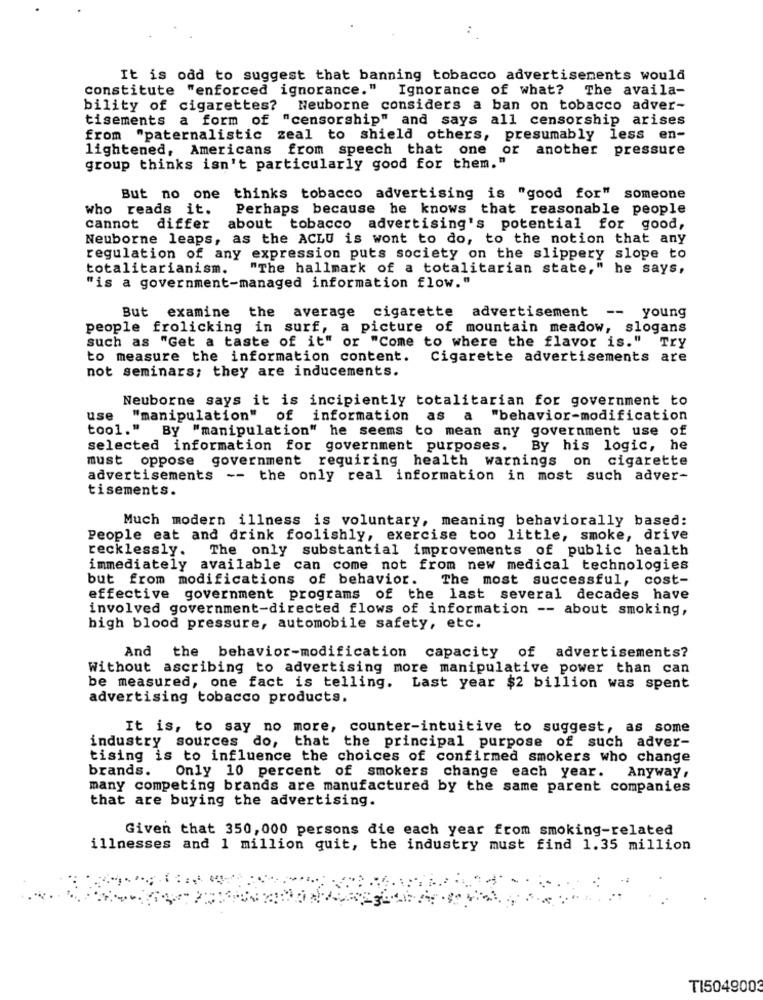
It is odd to suggest that banning tobacco advertisements would
constitute "enforced ignorance." Ignorance of what? The availa-
bility of cigarettes? Neuborne considers a ban on tobacco adver-
tisements a form of "censorship" and says all censorship arises
from "paternalistic zeal to shield others, presumably less en-
lightened, Americans from speech that one or another pressure
group thinks isn't particularly good for them."
But no one thinks tobacco advertising is "good for" someone
who reads it.
Perhaps because he knows that reasonable people
cannot differ
about tobacco advertising's potential for good,
Neuborne leaps, as the ACLU is wont to do, to the notion that any
regulation of any expression puts society on the slippery slope to
totalitarianism.
"The hallmark of a totalitarian state," he says,
"is a government-managed information flow."
But examine the average cigarette advertisement -- young
people frolicking in surf, a picture of mountain meadow, slogans
such as "Get a taste of it" or "Come to where the flavor is." Try
to measure the information content.
Cigarette advertisements are
not seminars; they are inducements.
Neuborne says it is incipiently totalitarian for government to
use "manipulation" of information as a "behavior-modification
tool."
By "manipulation" he seems to mean any government use of
selected information for government purposes. By his logic, he
must oppose government requiring health warnings on cigarette
advertisements -- the only real information in most such adver-
tisements.
Much modern illness is voluntary, meaning behaviorally based:
People eat and drink foolishly, exercise too little, smoke, drive
recklessly.
The only substantial improvements of public health
immediately available can come not from new medical technologies
but from modifications of behavior.
The most successful, cost-
effective government programs of the last several decades have
involved government-directed flows of information -- about smoking,
high blood pressure, automobile safety, etc.
And the behavior-modification capacity of advertisements?
Without ascribing to advertising more manipulative power than can
be measured, one fact is telling. Last year $2 billion was spent
advertising tobacco products.
It is, to say no more, counter-intuitive to suggest, as some
industry sources do, that the principal purpose of such adver-
tising is to influence the choices of confirmed smokers who change
brands.
Only 10 percent of smokers change each year. Anyway,
many competing brands are manufactured by the same parent companies
that are buying the advertising.
Given that 350, 000 persons die each year from smoking-related
illnesses and 1 million quit, the industry must find 1.35 million
T15049003